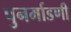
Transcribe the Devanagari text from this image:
पुनर्माडणी